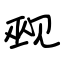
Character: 觋